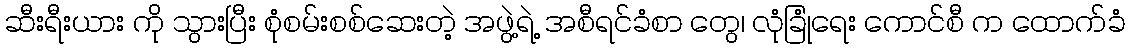
ဆီးရီးယား ကို သွားပြီး စုံစမ်းစစ်ဆေးတဲ့ အဖွဲ့ရဲ့ အစီရင်ခံစာ တွေ၊ လုံခြုံရေး ကောင်စီ က ထောက်ခံ